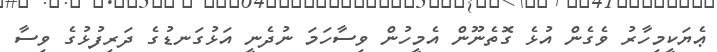
ޢެޔަކީމިހާރު ވެގެން އުޅެ ގޮތެނޫން އެމީހުން ވިސާހަމަ ނުދެނީ އަޅުގަނޑުގެ ދަރިފުޅުގެ ވިސާ